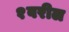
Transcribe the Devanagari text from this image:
१वरील